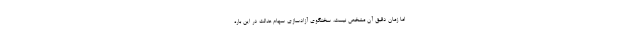
اما زمان دقیق آن مشخص نیست، سخنگوی آزادسازی سهام عدالت در این باره